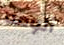
ألومه